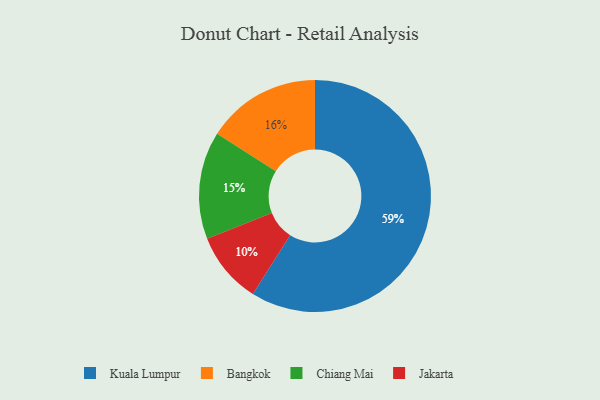
{"axis": {"x": "Category", "y": "Percentage"}, "legend": ["Bangkok", "Chiang Mai", "Jakarta", "Kuala Lumpur"], "data": [{"x": "Chiang Mai", "y": 15, "type": "Chiang Mai"}, {"x": "Kuala Lumpur", "y": 59, "type": "Kuala Lumpur"}, {"x": "Bangkok", "y": 16, "type": "Bangkok"}, {"x": "Jakarta", "y": 10, "type": "Jakarta"}]}